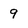
Character: 9